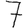
Digit: 7